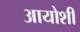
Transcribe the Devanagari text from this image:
आयोशी